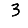
Digit: 3